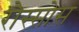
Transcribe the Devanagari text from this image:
रौस्सोस